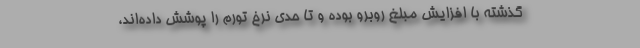
گذشته با افزايش مبلغ روبرو بوده و تا حدي نرخ تورم را پوشش داده‌اند،